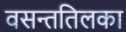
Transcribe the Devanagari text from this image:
वसन्ततिलका